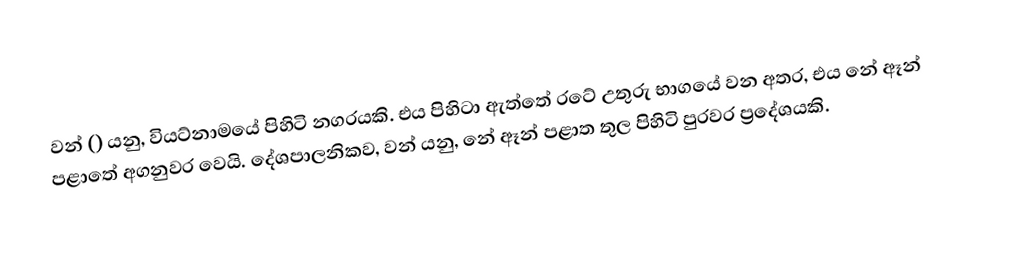
වන් () යනු, වියට්නාමයේ පිහිටි නගරයකි. එය පිහිටා ඇත්තේ රටේ උතුරු භාගයේ වන අතර, එය නේ ඈන් පළාතේ අගනුවර වෙයි. දේශපාලනිකව, වන් යනු, නේ ඈන් පළාත තුල පිහිටි පුරවර ප්‍රදේශයකි.